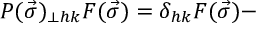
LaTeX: { \cal P } ( \vec { \sigma } ) _ { \perp h k } F ( \vec { \sigma } ) = \delta _ { h k } F ( \vec { \sigma } ) -